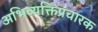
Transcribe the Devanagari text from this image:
अभिव्यक्तिप्रचारक